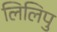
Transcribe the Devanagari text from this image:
लिलिपु